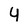
Character: 4